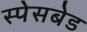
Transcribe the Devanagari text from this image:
स्पेसबेड